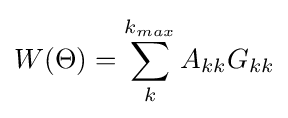
W(\Theta )=\sum _{k}^{k_{max}}A_{kk}G_{kk}